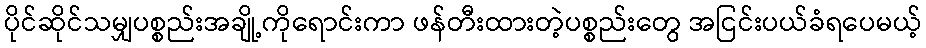
ပိုင်ဆိုင်သမျှပစ္စည်းအချို့ကိုရောင်းကာ ဖန်တီးထားတဲ့ပစ္စည်းတွေ အငြင်းပယ်ခံရပေမယ့်